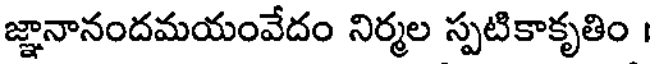
జ్ఞానానందమయంవేదం నిర్మల స్పటికాకృతిం ।